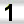
Digit: 1